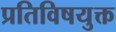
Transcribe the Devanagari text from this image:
प्रतिविषयुक्त